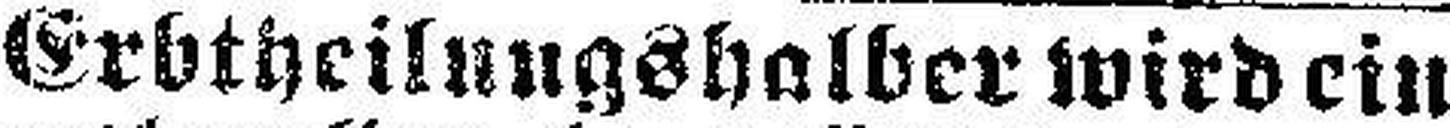
Erbtheilungshalber wird ein